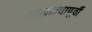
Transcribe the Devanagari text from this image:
साम्राज्यापूर्वी